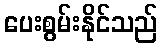
ပေးစွမ်းနိုင်သည်